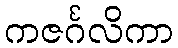
ကဇင်္ဂလိကာ